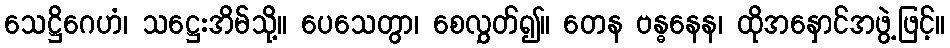
သေဋ္ဌိဂေဟံ၊ သဋ္ဌေးအိမ်သို့။ ပေသေတွာ၊ စေလွှတ်၍။ တေန ဗန္ဓနေန၊ ထိုအနှောင်အဖွဲ့ဖြင့်။